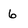
Character: 6